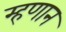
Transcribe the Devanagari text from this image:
म्हणान